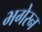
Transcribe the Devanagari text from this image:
भगेरन